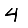
Digit: 4